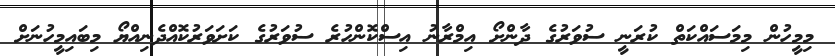
މިމީހުން މިމަސައްކަތް ކުރަނީ ސުވަރުގެ ދާންށޯ އިމްރާނު އިސްކޮންހުރެ ސުވަރުގެ ކަށަވަރުކޮއްދެނިއްޔޯ މިބައިމީހުނަށް